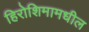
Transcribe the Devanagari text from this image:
हिरोशिमामधील